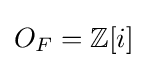
O_{F}=\mathbb {Z} [i]